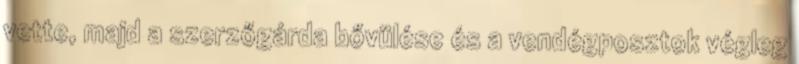
vette, majd a szerzőgárda bővülése és a vendégposztok végleg